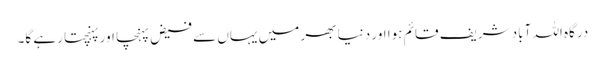
درگاہ اللہ آباد شریف قائم ہوا اور دنیا بھر میں یہاں سے فیض پہنچا اور پہنچتا رہے گا۔